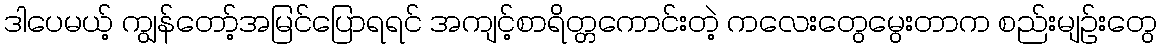
ဒါပေမယ့် ကျွန်တော့်အမြင်ပြောရရင် အကျင့်စာရိတ္တကောင်းတဲ့ ကလေးတွေမွေးတာက စည်းမျဉ်းတွေ